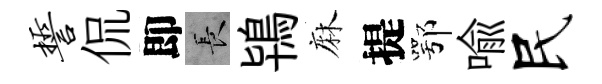
誓侃即长鴇麻提鄂喻民